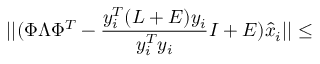
\vert \vert ( \Phi \Lambda \Phi ^ { T } - \frac { y _ { i } ^ { T } ( L + E ) y _ { i } } { y _ { i } ^ { T } y _ { i } } I + E ) \hat { x } _ { i } \vert \vert \leq